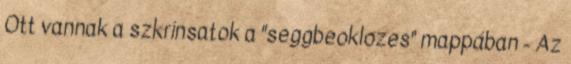
Ott vannak a szkrínsatok a "seggbeoklozes" mappában - Az